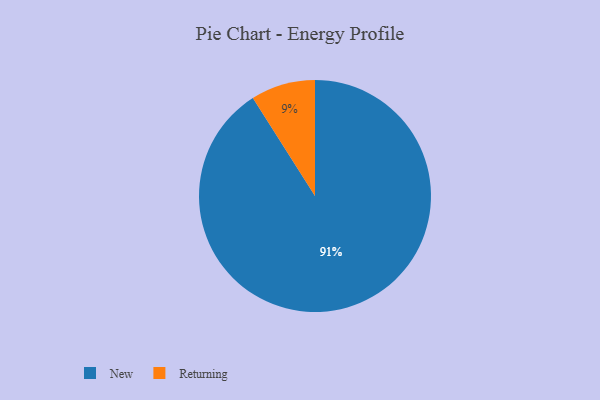
{"axis": {"x": "Category", "y": "Percentage"}, "legend": ["New", "Returning"], "data": [{"x": "New", "y": 91, "type": "New"}, {"x": "Returning", "y": 9, "type": "Returning"}]}